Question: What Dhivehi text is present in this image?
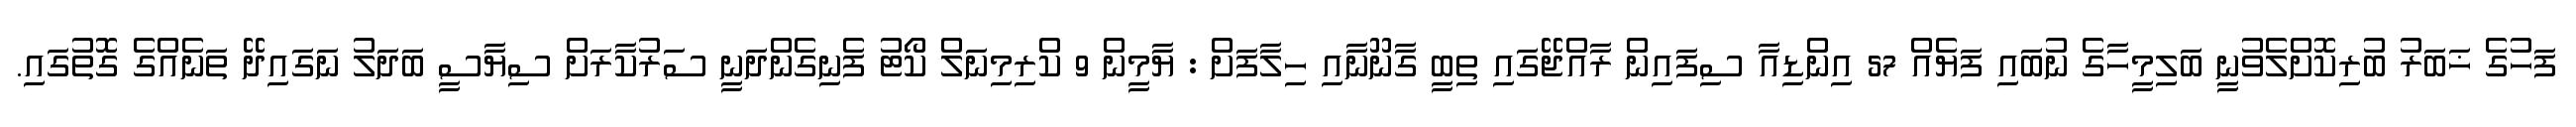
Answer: ފަހުގެ ޚަބަރު ބުރިކޮށްލެވުނީ ބަލިމީހާގެ ނުބައި ފަޔެއް 57 އިންޑިއާ ސިފައިން ރާއްޖޭގައި ތިބީ ގާނޫނާއި ހިލާފަށް : ޔާމީން 9 ކްރިމިނަލް ކޯޓު ފެނިގެންދަނީ ސަރުކާރަށް ސިޔާސީ ބަދަލު ނަގައިދޭ ތަނެއްގެ ގޮތުގައި.